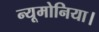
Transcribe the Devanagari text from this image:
न्यूमोनिया।